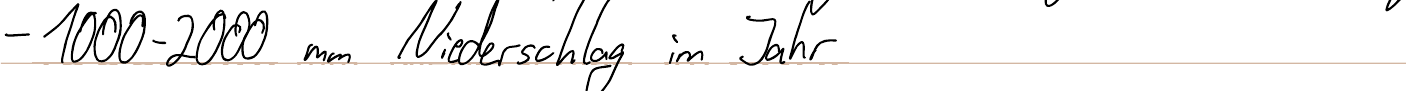
- 1000 - 2000 mm Niederschlag im Jahr